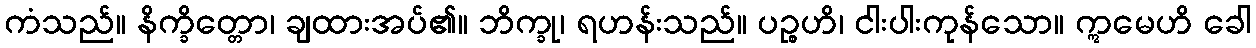
ကံသည်။ နိက္ခိတ္တော၊ ချထားအပ်၏။ ဘိက္ခု၊ ရဟန်းသည်။ ပဉ္စဟိ၊ ငါးပါးကုန်သော။ ဣမေဟိ ခေါ